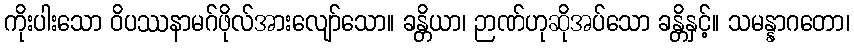
ကိုးပါးသော ဝိပဿနာမဂ်ဖိုလ်အားလျော်သော။ ခန္တိယာ၊ ဉာဏ်ဟုဆိုအပ်သော ခန္တိနှင့်။ သမန္နာဂတော၊